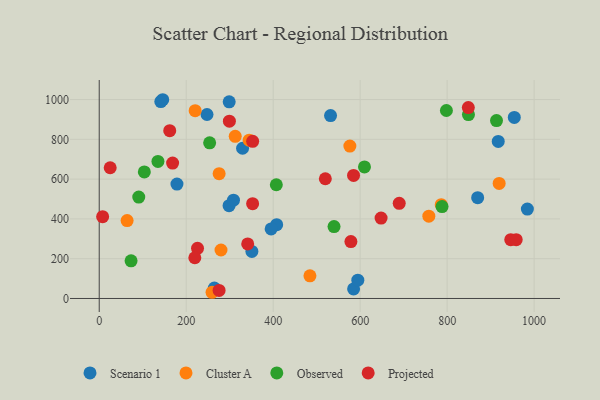
{"axis": {"x": "Experience", "y": "Yield"}, "legend": ["Cluster A", "Observed", "Projected", "Scenario 1"], "data": [{"x": "408.0", "y": 371.0, "type": "Scenario 1"}, {"x": "584.9", "y": 48.0, "type": "Scenario 1"}, {"x": "178.7", "y": 574.8, "type": "Scenario 1"}, {"x": "298.5", "y": 466.4, "type": "Scenario 1"}, {"x": "146.0", "y": 999.0, "type": "Scenario 1"}, {"x": "594.6", "y": 92.1, "type": "Scenario 1"}, {"x": "870.2", "y": 506.8, "type": "Scenario 1"}, {"x": "247.8", "y": 924.7, "type": "Scenario 1"}, {"x": "298.8", "y": 988.4, "type": "Scenario 1"}, {"x": "395.3", "y": 349.4, "type": "Scenario 1"}, {"x": "141.6", "y": 989.6, "type": "Scenario 1"}, {"x": "917.5", "y": 789.3, "type": "Scenario 1"}, {"x": "264.7", "y": 52.1, "type": "Scenario 1"}, {"x": "954.4", "y": 910.0, "type": "Scenario 1"}, {"x": "531.9", "y": 919.3, "type": "Scenario 1"}, {"x": "308.7", "y": 494.2, "type": "Scenario 1"}, {"x": "329.6", "y": 755.1, "type": "Scenario 1"}, {"x": "351.0", "y": 236.6, "type": "Scenario 1"}, {"x": "984.5", "y": 449.4, "type": "Scenario 1"}, {"x": "275.7", "y": 627.4, "type": "Cluster A"}, {"x": "786.4", "y": 471.4, "type": "Cluster A"}, {"x": "259.4", "y": 31.2, "type": "Cluster A"}, {"x": "312.7", "y": 815.0, "type": "Cluster A"}, {"x": "576.3", "y": 766.2, "type": "Cluster A"}, {"x": "919.6", "y": 578.1, "type": "Cluster A"}, {"x": "757.9", "y": 413.7, "type": "Cluster A"}, {"x": "344.8", "y": 795.6, "type": "Cluster A"}, {"x": "220.6", "y": 944.0, "type": "Cluster A"}, {"x": "64.1", "y": 391.5, "type": "Cluster A"}, {"x": "280.0", "y": 243.6, "type": "Cluster A"}, {"x": "484.5", "y": 114.0, "type": "Cluster A"}, {"x": "103.7", "y": 636.0, "type": "Observed"}, {"x": "539.9", "y": 361.5, "type": "Observed"}, {"x": "407.2", "y": 571.6, "type": "Observed"}, {"x": "913.5", "y": 894.0, "type": "Observed"}, {"x": "798.3", "y": 944.8, "type": "Observed"}, {"x": "73.2", "y": 189.5, "type": "Observed"}, {"x": "135.0", "y": 688.8, "type": "Observed"}, {"x": "849.0", "y": 924.3, "type": "Observed"}, {"x": "609.9", "y": 661.1, "type": "Observed"}, {"x": "788.3", "y": 461.7, "type": "Observed"}, {"x": "253.9", "y": 782.3, "type": "Observed"}, {"x": "90.9", "y": 509.6, "type": "Observed"}, {"x": "519.9", "y": 601.7, "type": "Projected"}, {"x": "7.8", "y": 411.4, "type": "Projected"}, {"x": "168.7", "y": 680.5, "type": "Projected"}, {"x": "584.8", "y": 618.7, "type": "Projected"}, {"x": "226.0", "y": 251.9, "type": "Projected"}, {"x": "946.3", "y": 295.7, "type": "Projected"}, {"x": "162.1", "y": 843.5, "type": "Projected"}, {"x": "689.8", "y": 478.4, "type": "Projected"}, {"x": "25.2", "y": 657.1, "type": "Projected"}, {"x": "648.1", "y": 404.0, "type": "Projected"}, {"x": "341.4", "y": 274.0, "type": "Projected"}, {"x": "275.6", "y": 40.3, "type": "Projected"}, {"x": "848.7", "y": 959.6, "type": "Projected"}, {"x": "299.3", "y": 891.1, "type": "Projected"}, {"x": "958.8", "y": 295.8, "type": "Projected"}, {"x": "352.8", "y": 790.0, "type": "Projected"}, {"x": "219.8", "y": 204.7, "type": "Projected"}, {"x": "352.7", "y": 476.5, "type": "Projected"}, {"x": "578.7", "y": 286.2, "type": "Projected"}]}